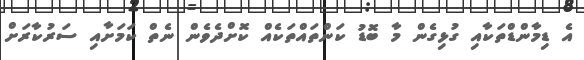
އެ ޑިމާންޑްތަކާއި ގުޅިގެން މާ ބޮޑު ކަންތައްތަކެއް ކޮށްދެވެން ނެތް ކަމަށާއި ސަރުކާރަށް